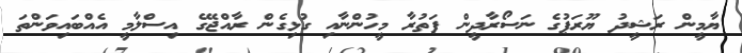
ޔާމީން ރަޝީދު ޔޫރަޕުގެ ނަސޯރާދީން ފަތުރާ މީހުންނާއި ގުޅިގެން ރާއްޖޭގެ އިސްލާމީ އެއްބައިވަންތަ